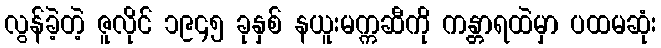
လွန်ခဲ့တဲ့ ဇူလိုင် ၁၉၄၅ ခုနှစ် နယူးမက္ကဆီကို ကန္တာရထဲမှာ ပထမဆုံး